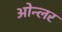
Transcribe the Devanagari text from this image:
ओन्लर